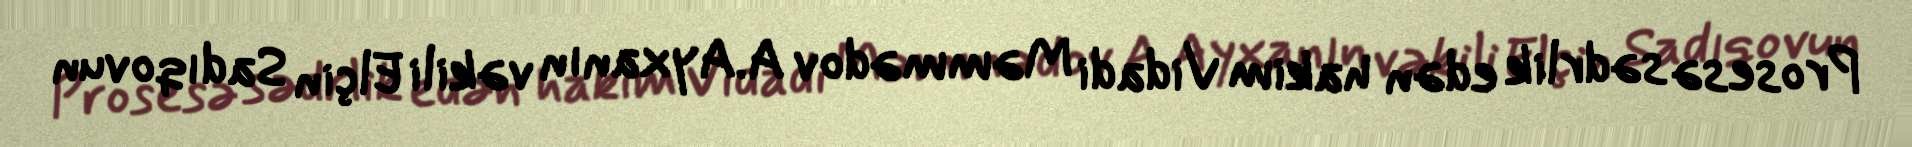
Prosesə sədrlik edən hakim Vidadi Məmmədov A.Ayxanın vəkili Elçin Sadıqovun